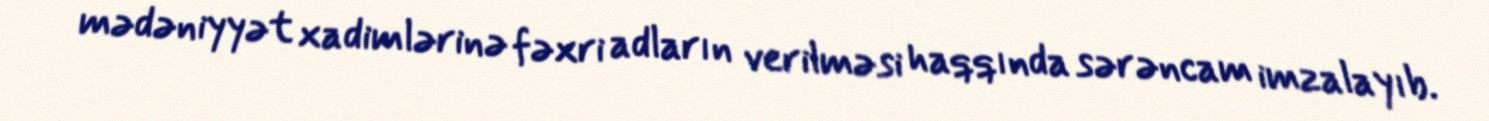
mədəniyyət xadimlərinə fəxri adların verilməsi haqqında sərəncam imzalayıb.